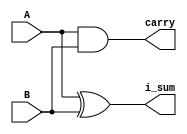
`timescale 1ns / 1ps


module Half_Adder
(

    input A,
    input B,
    output i_sum, carry

);

    assign i_sum = A ^ B;
    assign carry = A & B;


endmodule